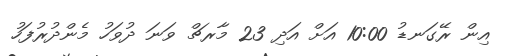
އިން ރޭގަނޑު 10:00 އަށް އަދި 23 މާރޗް ވަނަ ދުވަހު މެންދުރުފަހު